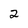
Character: 2